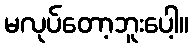
မလုပ်တော့ဘူးပေါ့။